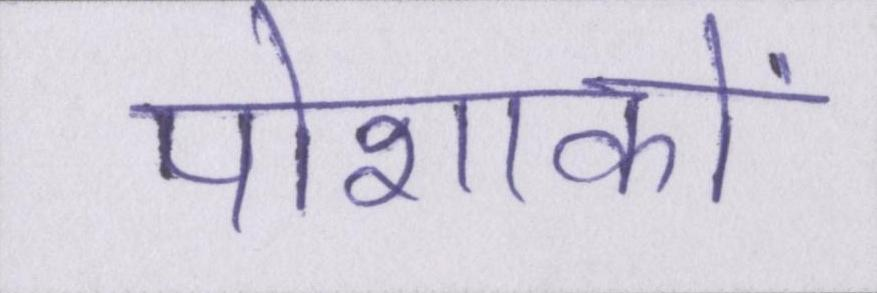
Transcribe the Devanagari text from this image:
पोशाकों